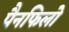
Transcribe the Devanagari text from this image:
पैनफिलो